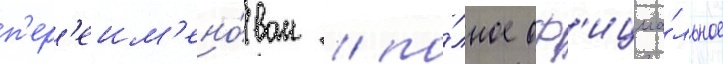
п'ер'еим'ено́ван / по́лное оф'ициа́льное